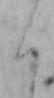
く